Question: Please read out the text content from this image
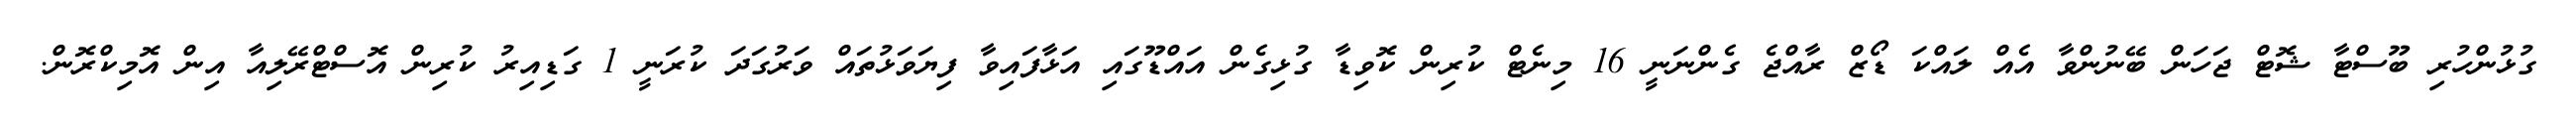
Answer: ގުޅުންހުރި ބޫސްޓާ ޝޮޓް ޖަހަން ބޭނުންވާ އެއް ލައްކަ ޑޯޒް ރާއްޖެ ގެންނަނީ 16 މިނެޓް ކުރިން ކޮވިޑާ ގުޅިގެން އައްޑޫގައި އަޅާފައިވާ ފިޔަވަޅުތައް ވަރުގަދަ ކުރަނީ 1 ގަޑިއިރު ކުރިން އޮސްޓްރޭލިއާ އިން އޮމިކްރޮން.